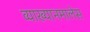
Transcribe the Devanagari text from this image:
व्याख्यानमालेस